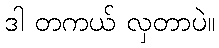
ဒါ တကယ် လှတာပဲ။